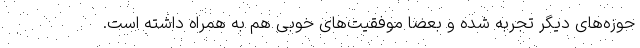
حوزه‌های دیگر تجربه شده و بعضا موفقیت‌های خوبی هم به همراه داشته است.